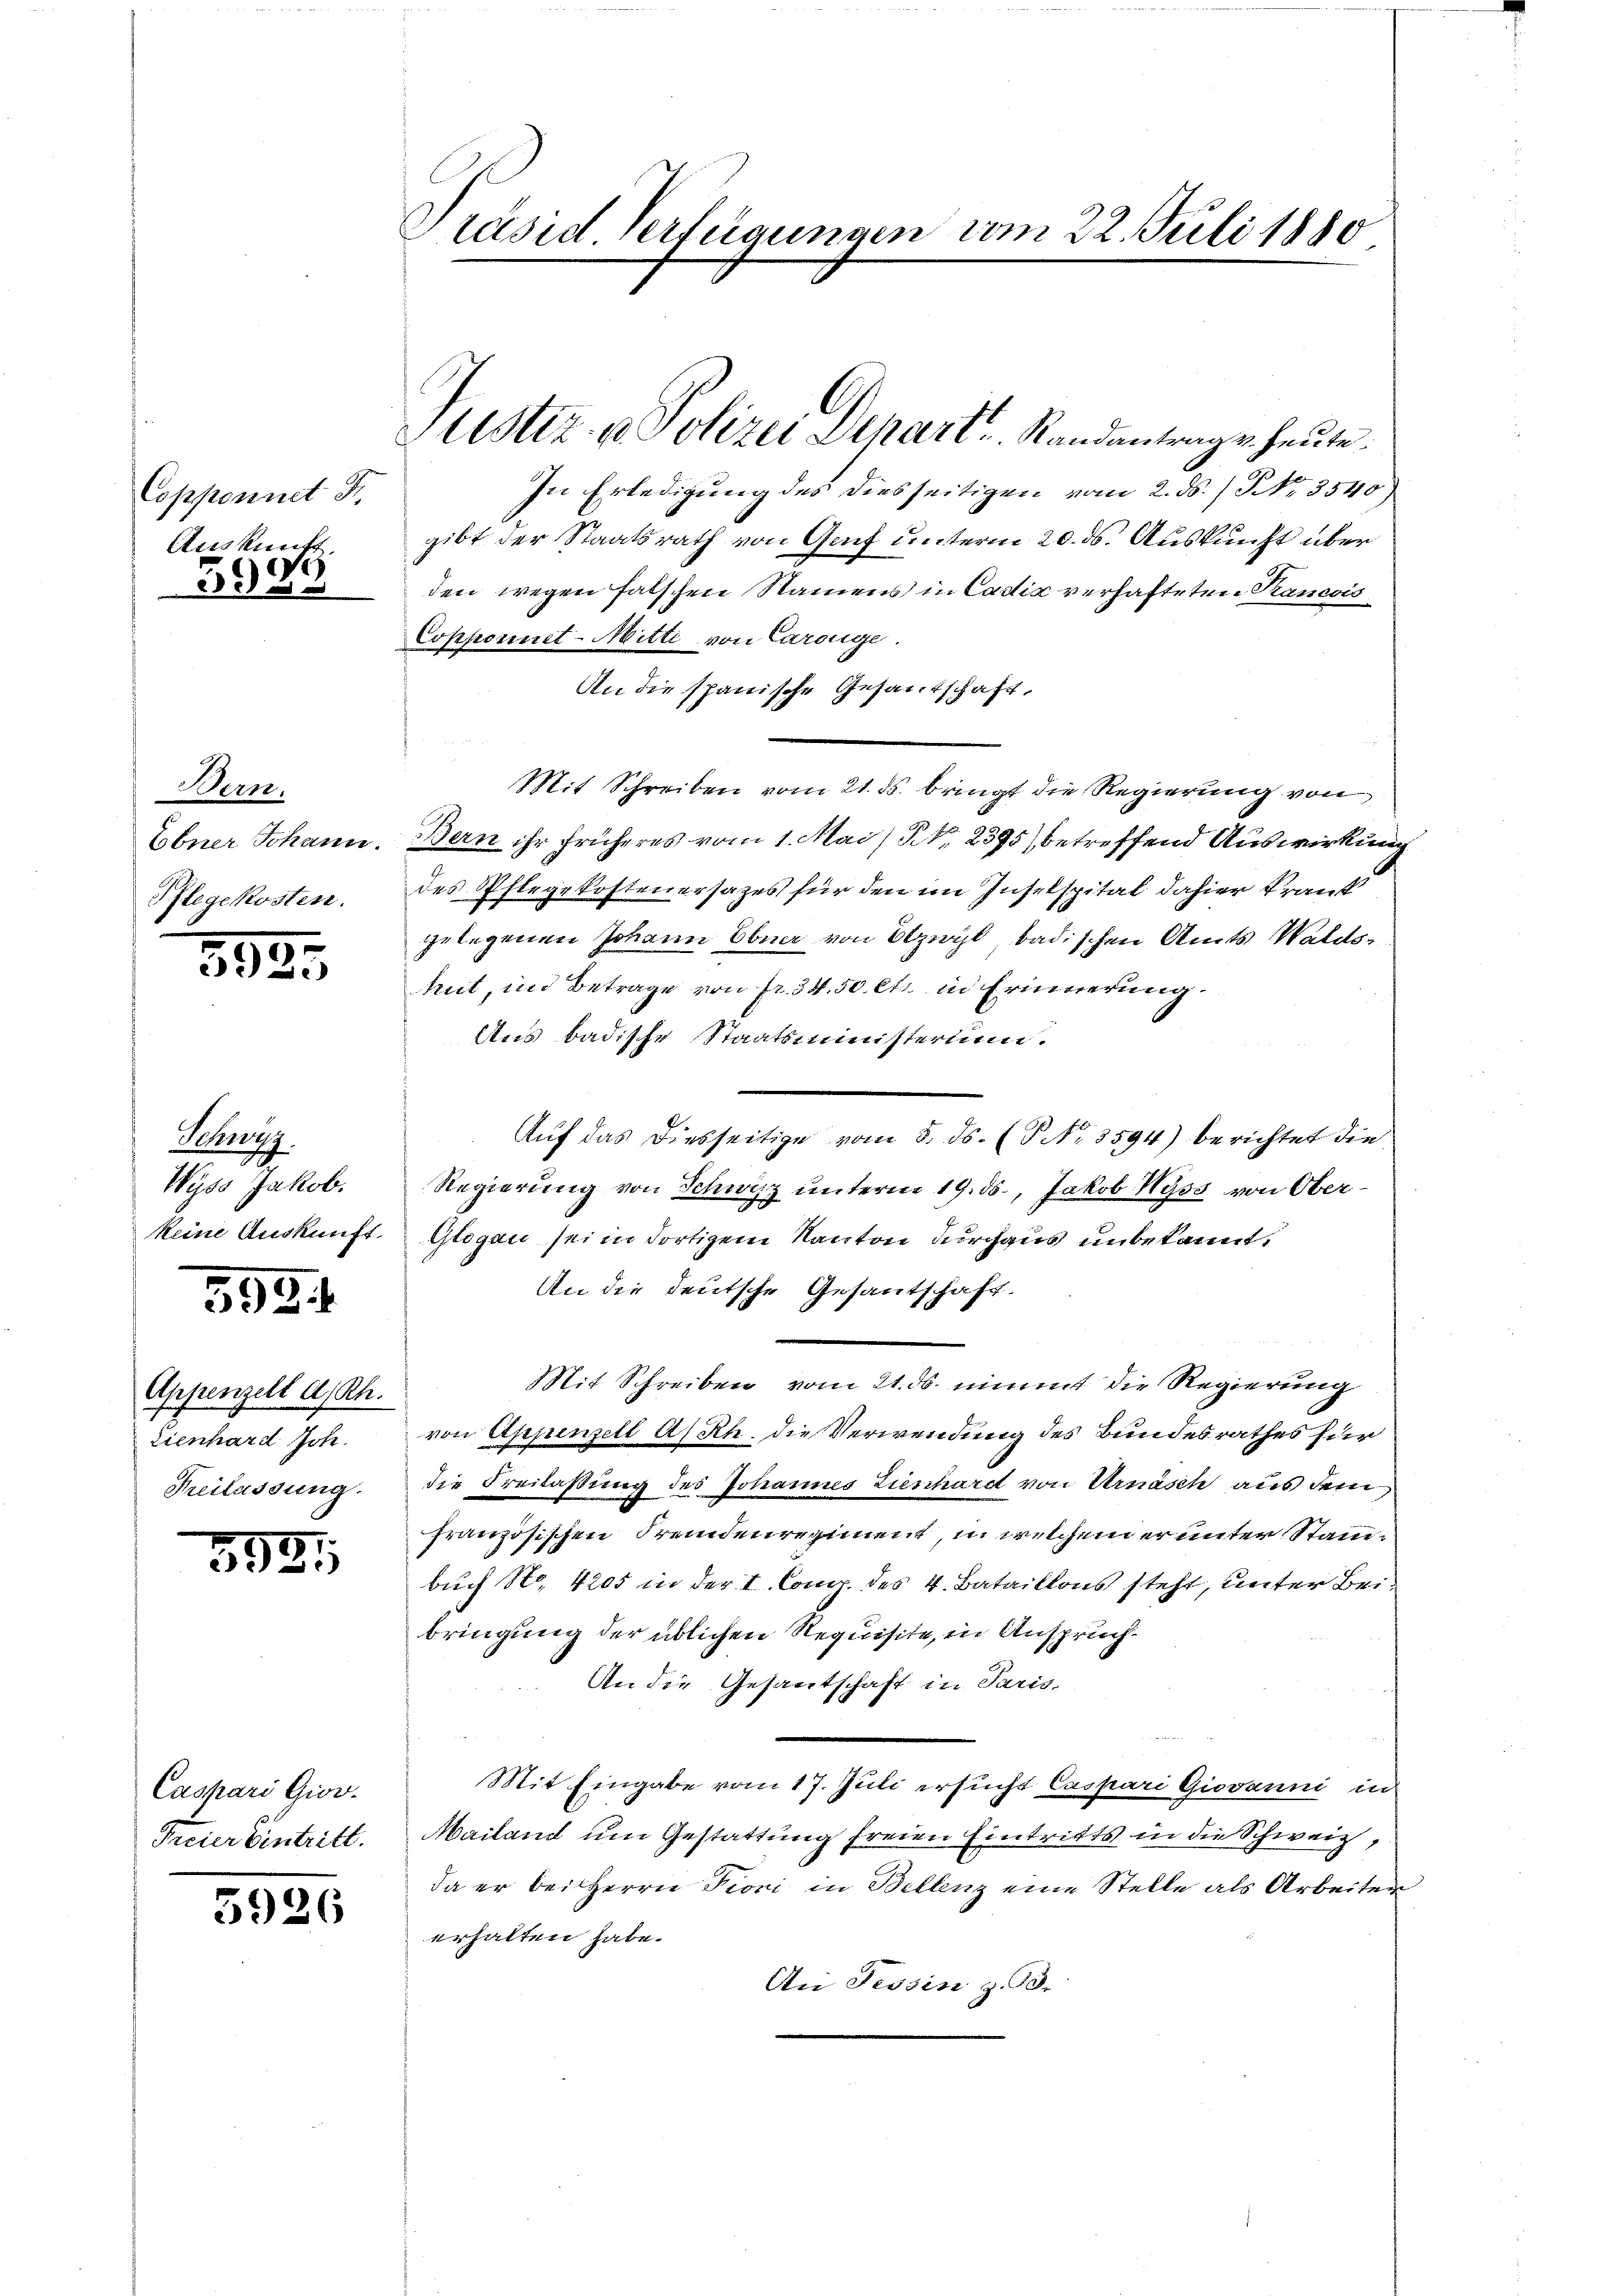
Copponnet F.
Auskunft,

399

Bern.
Ebner Johann.
Pflegekosten.

593.

Schwyz
Wyss Jakob.
keine Auskunft.

5924

Appenzell a. Rh.
Zienhard Joh.
Freilassung.

353.

5926

Präsid. Verterungen vom 22. Juli 1880

Caspari Giov.
Freier Eintritt.

Justiz- & Polizei Depart. Standentrage heute.

In Erledigung des diesseitigen vom 2. ds. / NNo. 3540)
gibt der Staatsrath von Genf unterm 20. ds. Auskunft über
den wegen falschen Namens in Cadić verhafteten Rancois
Copponiet-Mitte von Carolge
An die spanische Gesantschaft,
Mit Schreiben vom 21. ds. bringt die Regierung von
Bern ihr früheres vom 1. Mai/ NNo. 2395) betreffend Auswirkung
des Pflegekosteuersazes für den im Inselspital dahier krant
gelegenen Johann Ebner von Ozwyl, badischen Amts Waldshut, in Betrage von fr. 34. 50 Ct. in Erinnerung.
Aus Badische Staatsministerium.
Auf das diesseitige vom 5. ds. (T No. 3594) berichtet die
Regierung von Schwyz unterm 19. ds., Jakob Hyss von Ober¬
Glogau sei in dortigem Kanton durchaus unbekannt,
An die deutsche Gesantschaft.
Mit Schreiben vom 21. ds. nimmt die Regierung
von Appenzell A/Rh. die Verwendung des Bundesrathes für
die Freilassung des Johannes Zieschardt von Urnasch aus dem
französischen Fremdenregiment, in welchem er unter Stammbuch No. 4205 in der I. Comp. des 4. Bataillons steht, unter Beibringung der üblichen Requisite, in Ansprüch¬
An die Gesantschaft in Paris-
Mit Eingabe vom 17. Juli ersucht Caspari Giovanni in
Mailand um Gestattung freien Eintritts in die Schweiz,
da er bei Herrn Pioni in Bellenz eine Stelle als Arbeiter
erhalten habe.
An Tessin z. 93.